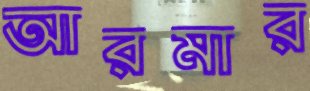
আরমার